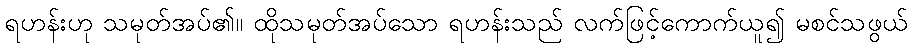
ရဟန်းဟု သမုတ်အပ်၏။ ထိုသမုတ်အပ်သော ရဟန်းသည် လက်ဖြင့်ကောက်ယူ၍ မစင်သဖွယ်